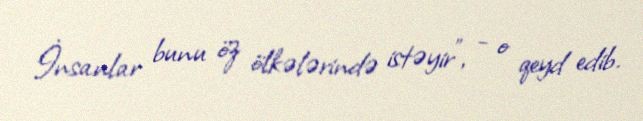
İnsanlar bunu öz ölkələrində istəyir”, - o qeyd edib.